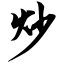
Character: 炒